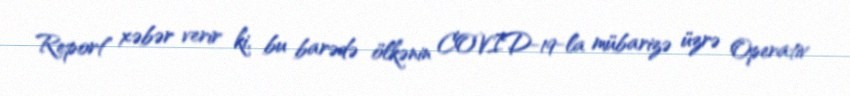
Report" xəbər verir ki, bu barədə ölkənin COVID-19-la mübarizə üzrə Operativ